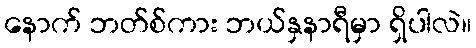
နောက် ဘတ်စ်ကား ဘယ်နှနာရီမှာ ရှိပါလဲ။